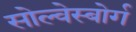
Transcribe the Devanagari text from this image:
सोल्वेस्बोर्ग